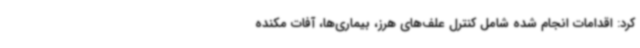
کرد: اقدامات انجام شده شامل کنترل علف‌های هرز، بیماری‌ها، آفات مکنده